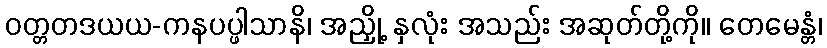
ဝတ္တတဒယယ-ကနပပ္ဖါသာနိ၊ အညှို့ နှလုံး အသည်း အဆုတ်တို့ကို။ တေမေန္တံ၊